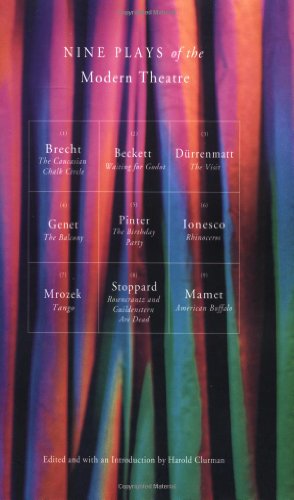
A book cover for Nine Plays of the Modern Theater: Waiting for Godot; The Visit; Tango; The Caucasian Chalk Circle; The Balcony; Rhinoceros; American Buffalo, et al; Bertolt Brecht; Literature & Fiction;